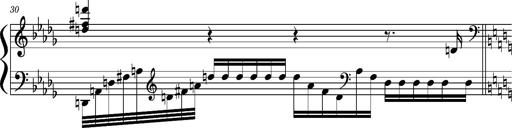
Title: Concerto sans orchestre, S.524a
Composer: Franz Liszt
Key: A major